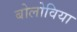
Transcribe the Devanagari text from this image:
बोलोविया